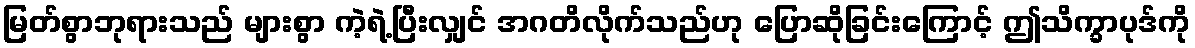
မြတ်စွာဘုရားသည် များစွာ ကဲ့ရဲ့ပြီးလျှင် အဂတိလိုက်သည်ဟု ပြောဆိုခြင်းကြောင့် ဤသိက္ခာပုဒ်ကို